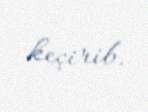
keçirib.